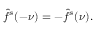
{ \hat { f } } ^ { s } ( - \nu ) = - { \hat { f } } ^ { s } ( \nu ) .